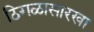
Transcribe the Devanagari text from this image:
ठिगळासारखा